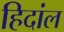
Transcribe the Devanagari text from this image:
हिदांल